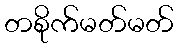
တစိုက်မတ်မတ်